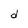
Character: d